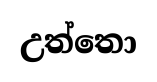
උත්තො